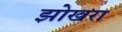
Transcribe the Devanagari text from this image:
झोखरा